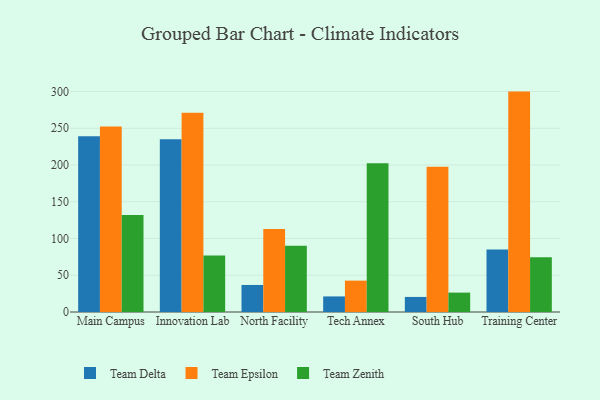
{"axis": {"x": "Campus", "y": "Market Share (%)"}, "legend": ["Team Delta", "Team Epsilon", "Team Zenith"], "data": [{"x": "Main Campus", "y": 239.0, "type": "Team Delta"}, {"x": "Main Campus", "y": 252.4, "type": "Team Epsilon"}, {"x": "Main Campus", "y": 132.1, "type": "Team Zenith"}, {"x": "Innovation Lab", "y": 235.2, "type": "Team Delta"}, {"x": "Innovation Lab", "y": 271.0, "type": "Team Epsilon"}, {"x": "Innovation Lab", "y": 77.0, "type": "Team Zenith"}, {"x": "North Facility", "y": 36.8, "type": "Team Delta"}, {"x": "North Facility", "y": 113.1, "type": "Team Epsilon"}, {"x": "North Facility", "y": 90.1, "type": "Team Zenith"}, {"x": "Tech Annex", "y": 21.2, "type": "Team Delta"}, {"x": "Tech Annex", "y": 42.7, "type": "Team Epsilon"}, {"x": "Tech Annex", "y": 202.5, "type": "Team Zenith"}, {"x": "South Hub", "y": 20.5, "type": "Team Delta"}, {"x": "South Hub", "y": 197.5, "type": "Team Epsilon"}, {"x": "South Hub", "y": 26.4, "type": "Team Zenith"}, {"x": "Training Center", "y": 85.1, "type": "Team Delta"}, {"x": "Training Center", "y": 299.9, "type": "Team Epsilon"}, {"x": "Training Center", "y": 74.6, "type": "Team Zenith"}]}